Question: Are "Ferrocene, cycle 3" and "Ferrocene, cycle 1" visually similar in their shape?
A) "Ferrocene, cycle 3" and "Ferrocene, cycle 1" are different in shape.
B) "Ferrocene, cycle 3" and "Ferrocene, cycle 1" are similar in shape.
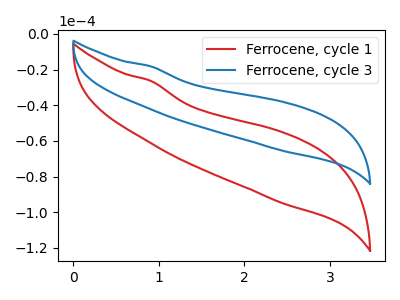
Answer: <think>The red curve "Ferrocene, cycle 1" has no peaks. The blue curve "Ferrocene, cycle 3" has no peaks.
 Neither "Ferrocene, cycle 3" or "Ferrocene, cycle 1" have any peaks.</think>
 <answer>B) "Ferrocene, cycle 3" and "Ferrocene, cycle 1" are similar in shape.</answer>
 <eval>B</eval>